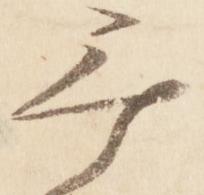
無